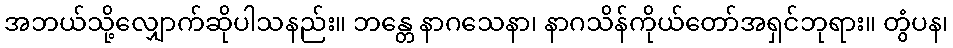
အဘယ်သို့လျှောက်ဆိုပါသနည်း။ ဘန္တေ နာဂသေနာ၊ နာဂသိန်ကိုယ်တော်အရှင်ဘုရား။ တွံပန၊